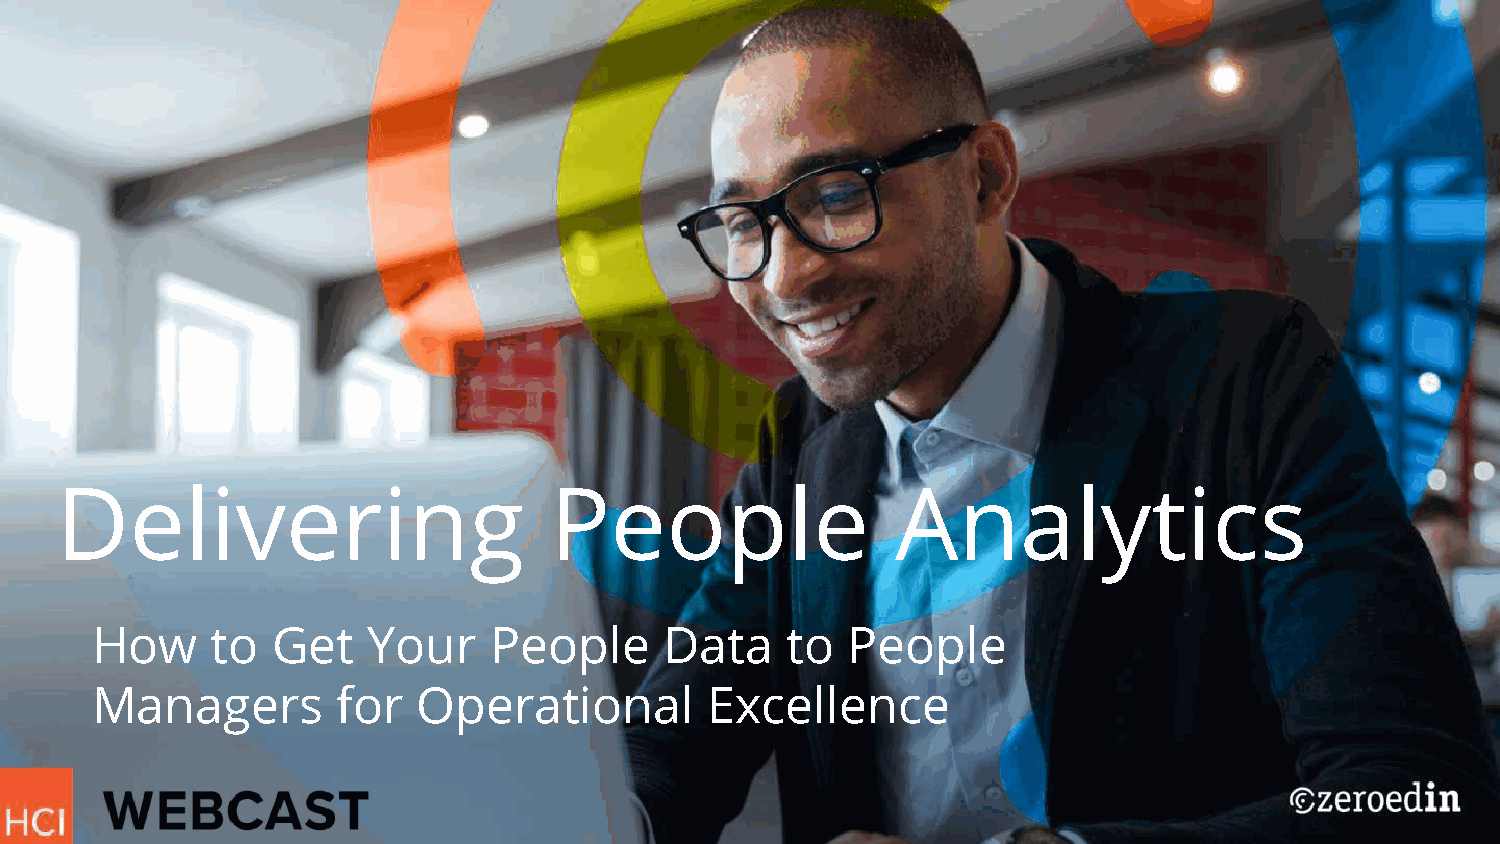
Delivering                      People                 Analytics
 How     to  Get   Your    People      Data    to  People
 Managers        for   Operational        Excellence